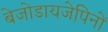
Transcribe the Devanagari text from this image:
बेजोडायजेपिनों